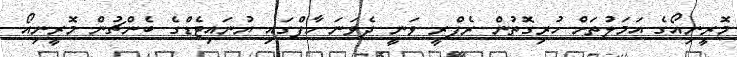
މޮރީނިއޯގެ އަމަލުތަށް ހުރިގޮތުން ރެފްރީ ވަނީ ދެވަނަ ހާފްގައި ޔުނައިޓެޑްގެ ބެންޗުން މޮރީނިއޯ